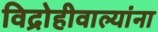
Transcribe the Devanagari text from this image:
विद्रोहीवाल्यांना